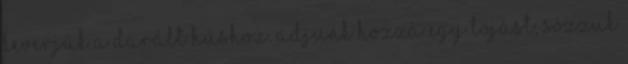
keverjük a darált húshoz. Adjunk hozzá egy tojást, sózzuk